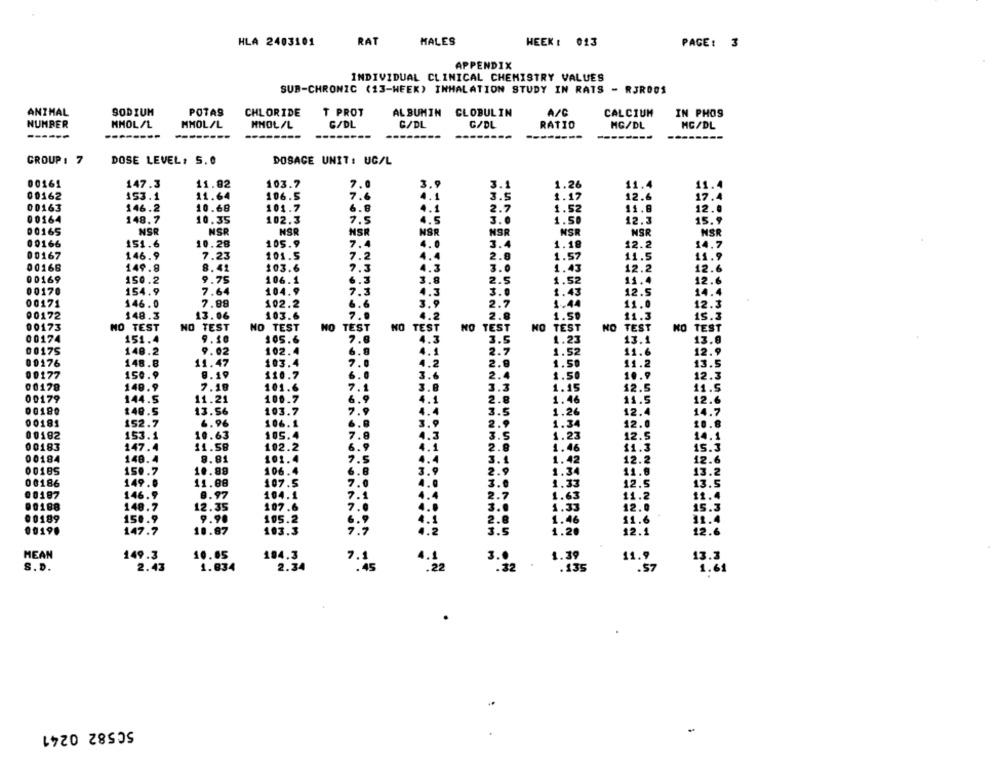
HLA 2403101
RAT
MALES
HEEK : 013
PAGE: 3
APPENDIX
INDIVIDUAL CLINICAL CHEMISTRY VALUES
SUB-CHRONIC (13-WEEK) INHALATION STUDY IN RATS - RJR001
ANTHAL
SODIUM
POTAS
CHLORIDE
T PROT
ALBUMIN CLOBULIN
A/C
CALCIUM
IN PHOS
NUMBER
MMOL/L
MMOL/L
MMOL/L
G/DL
C/DL
G/DL
RATIO
MG/DL
MG/DL
------
GROUP 1 7
DOSE LEVEL, 5. 0
DOSAGE UNIT: UC/L
00161
147.3
11.92
103.7
7.0
3.9
3.1
1.26
11.4
11.
00162
153.1
11.64
106.5
4.1
3.5
1.17
12.6
00163
146.2
10.68
101.7
6.8
4.1
2.7
1.52
11.8
12.0
00164
148.7
10.35
102.3
7.5
4.5
3.0
1.50
12.3
15.9
00165
NSR
NSR
NSR
NSR
NSR
NSR
NSR
NSR
NSR
00166
151.6
10.28
105.9
7.4
3.4
1.18
12.2
14.7
00167
146.9
7.23
101.5
7.2
4.4
2.8
11.5
1.57
11.9
00168
149.8
8.41
103.6
4.3
3.0
1.43
12.2
12.6
00169
9.75
6.3
3.8
150.2
106.1
2.5
1.52
11.4
12.6
00170
154.9
7.64
104.9
7.3
4.3
1.43
12.5
14.4
00171
146.0
7.88
102.2
6.6
3.9
2.7
1.44
11.0
12.3
00172
148.3
13.06
103.6
7.0
4.2
1.50
11.3
15.3
00173
NO TEST
NO TEST
NO TEST
NO TEST
NO TEST
NO
TEST
NO
TEST
NO
TEST
KO
TEST
00174
151.4
9.18
105.6
7.8
4.3
3.
1.23
13.1
13.0
00175
148.2
9.02
102.4
6.9
4.1
2.7
1.52
11.6
12.9
00176
148.8
11.47
103.4
7.0
4.2
2.8
1.58
11.2
13.5
00177
150.9
8. 19
110.7
6.0
3.6
2.4
1.50
10.9
12.3
00178
140.9
7.18
101.6
7.1
3.3
1.15
12.5
11.5
3.8
00179
144.5
11.21
100.7
6.9
4.1
2.8
1.46
11.5
12.6
00180
140.5
13.56
103.7
7.9
4.4
1.26
12.4
14.7
00181
152.7
6.96
106.1
6.8
3.9
2.9
1.34
12.0
10.8
00102
10.63
105.4
153.1
7.8
4.3
3.5
1.23
12.5
14.1
00183
147.4
11.58
102.2
4.1
2.8
1.46
15.3
00184
148.4
8.81
101.4
7.5
4.4
3.1
1.42
12.2
12.6
00185
150.7
10.99
106.4
6.8
3.9
2.9
1.34
11.6
13.2
00186
149.0
11.08
107.5
7.0
4.0
3.0
1.33
12.5
13.5
00197
146.9
9.97
104.1
7.1
4.4
1.63
11.2
.4
2.7
00188
148.7
12.35
107.6
7.0
4.0
1.33
15.3
00189
150.9
9.90
105.2
6.9
4.1
1.46
11.6
2.8
31.4
0019.
147.7
10.87
103.3
7.7
4.2
3.5
12.1
12.6
MEAN
149.3
10.05
194.3
7.1
1.39
11.9
2.34
3.
13.3
S. D.
2.43
1.834
.45
4.12
:32
.135
.57
1.61
50582 0241